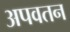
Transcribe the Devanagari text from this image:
अपवतन